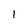
Character: 1